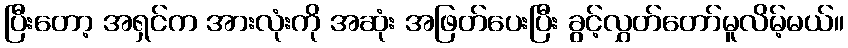
ပြီးတော့ အရှင်က အားလုံးကို အဆုံး အဖြတ်ပေးပြီး ခွင့်လွှတ်တော်မူလိမ့်မယ်။